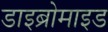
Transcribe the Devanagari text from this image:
डाइब्रोमाइड